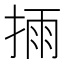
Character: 𢮳